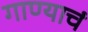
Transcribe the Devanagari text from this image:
गाण्याचं